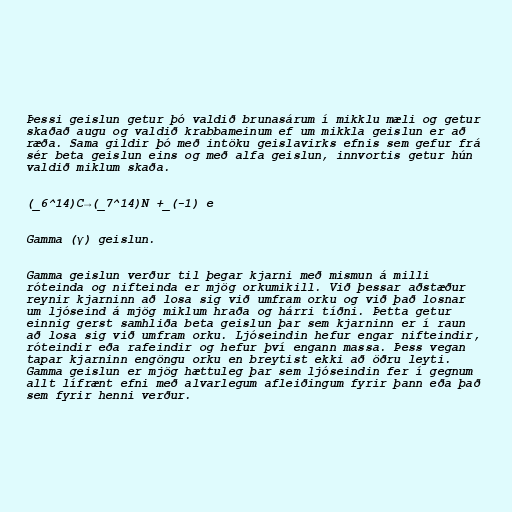
Þessi geislun getur þó valdið brunasárum í mikklu mæli og getur
skaðað augu og valdið krabbameinum ef um mikkla geislun er að
ræða. Sama gildir þó með intöku geislavirks efnis sem gefur frá
sér beta geislun eins og með alfa geislun, innvortis getur hún
valdið miklum skaða.

(_6^14)C→(_7^14)N +_(-1) e

Gamma (γ) geislun.

Gamma geislun verður til þegar kjarni með mismun á milli
róteinda og nifteinda er mjög orkumikill. Við þessar aðstæður
reynir kjarninn að losa sig við umfram orku og við það losnar
um ljóseind á mjög miklum hraða og hárri tíðni. Þetta getur
einnig gerst samhliða beta geislun þar sem kjarninn er í raun
að losa sig við umfram orku. Ljóseindin hefur engar nifteindir,
róteindir eða rafeindir og hefur því engann massa. Þess vegan
tapar kjarninn engöngu orku en breytist ekki að öðru leyti.
Gamma geislun er mjög hættuleg þar sem ljóseindin fer í gegnum
allt lífrænt efni með alvarlegum afleiðingum fyrir þann eða það
sem fyrir henni verður.